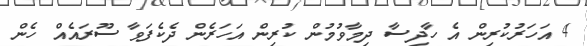
4 އަހަރުކުރިން އެ ހާދިސާ ދިމާވުމުން ކުރިން އަހަރެން ދެކެފަވާ ސޫރައެއް ހެން